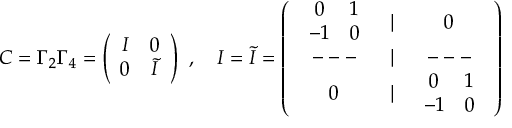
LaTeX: C = \Gamma _ { 2 } \Gamma _ { 4 } = \left( \begin{array} { c c } { { I } } & { { 0 } } \\ { { 0 } } & { { \widetilde { I } } } \end{array} \right) \ , \quad I = \widetilde { I } = \left( \begin{array} { c c c } { { \begin{array} { c c } { { 0 } } & { { 1 } } \\ { { - 1 } } & { { 0 } } \end{array} } } & { { | } } & { { 0 } } \\ { { --- } } & { { | } } & { { --- } } \\ { { 0 } } & { { | } } & { { \begin{array} { c c } { { 0 } } & { { 1 } } \\ { { - 1 } } & { { 0 } } \end{array} } } \end{array} \right)